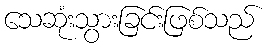
သေဆုံးသွားခြင်းဖြစ်သည်